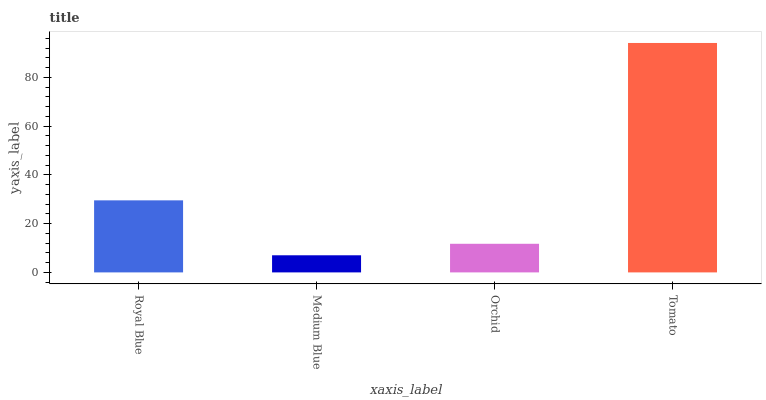
| xaxis_label | bars |
 | --- | --- |
 | Royal Blue | 29.6 |
 | Medium Blue | 7.02 |
 | Orchid | 11.7 |
 | Tomato | 94.1 |